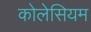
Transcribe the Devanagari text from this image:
कोलेसियम